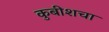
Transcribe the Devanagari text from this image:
कुबीशचा